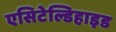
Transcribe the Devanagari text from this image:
एसिटेल्डिहाइड